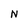
Character: N